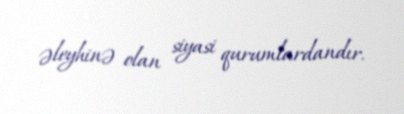
əleyhinə olan siyasi qurumlardandır.